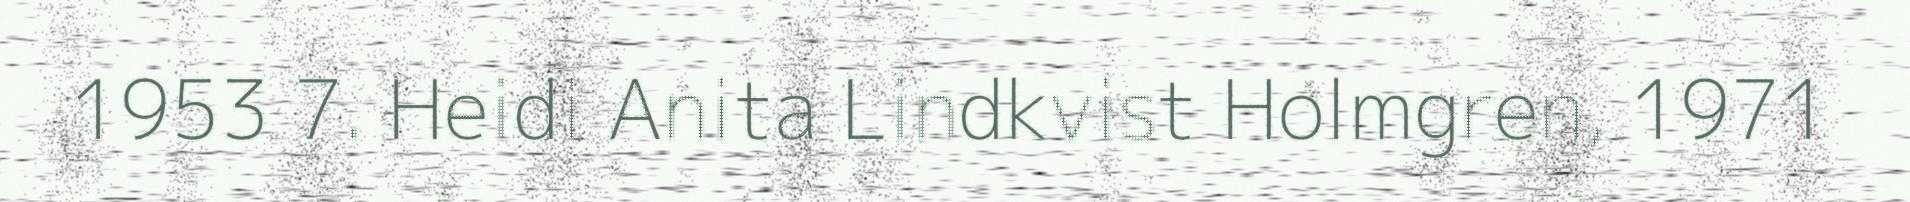
1953 7. Heidi Anita Lindkvist Holmgren, 1971